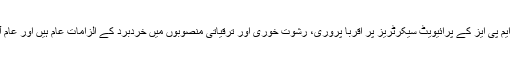
پی پی پی کے کئی ایک عہدے داروں اور ایم این ایز، ایم پی ایز کے پرائیویٹ سیکرٹریز پر اقربا پروری، رشوت خوری اور ترقیاتی منصوبوں میں خردبرد کے الزامات عام ہیں اور عام آدمی ان کے خلاف کافی شکایات لگاتے نظر آتے ہیں۔